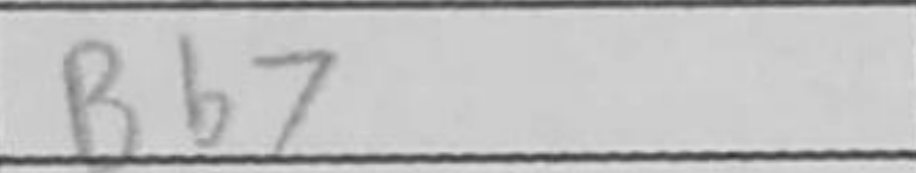
Transcription: Bb7